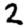
Digit: 2